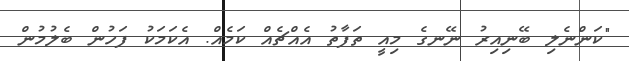
"ކަންނެލި ބޭނިއިރު ނޭނގެ މިއީ ތަފާތު އެއްޗެއް ކަމެއް. އެކަމަކު ފަހުން ބެލުމުން